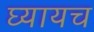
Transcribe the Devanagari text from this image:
घ्यायच